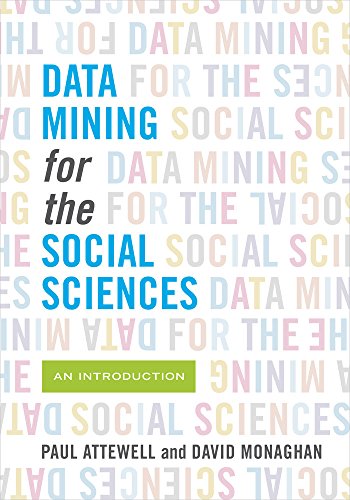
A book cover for Data Mining for the Social Sciences: An Introduction; Paul Attewell; Politics & Social Sciences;